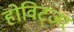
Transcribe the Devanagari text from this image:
होविट्जर